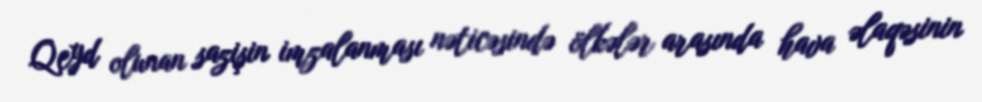
Qeyd olunan sazişin imzalanması nəticəsində ölkələr arasında hava əlaqəsinin